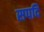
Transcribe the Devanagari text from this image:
सपदि